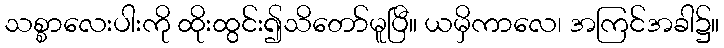
သစ္စာလေးပါးကို ထိုးထွင်း၍သိတော်မူပြီ။ ယမှိကာလေ၊ အကြင်အခါ၌။